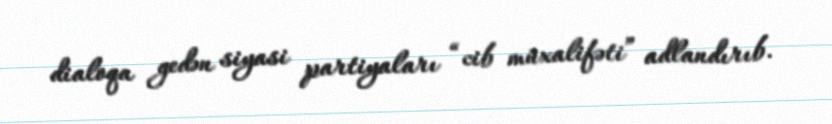
dialoqa gedən siyasi partiyaları “cib müxalifəti” adlandırıb.